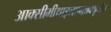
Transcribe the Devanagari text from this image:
आक्सीमीथाइलएन्थ्राक्यूनोन